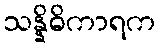
သန္နိဓိကာရက